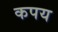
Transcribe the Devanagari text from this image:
कपय